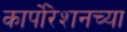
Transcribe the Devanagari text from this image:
कार्पोरेशनच्या